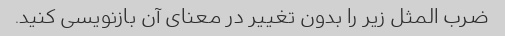
ضرب المثل زیر را بدون تغییر در معنای آن بازنویسی کنید.